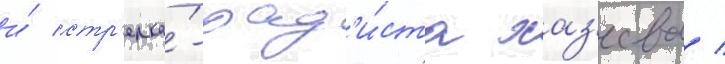
и́ стр'елка́-рад'и́ста хаз'еева /